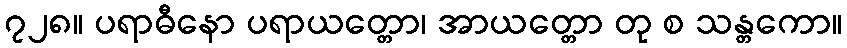
၇၂၈။ ပရာဓီနော ပရာယတ္တော၊ အာယတ္တော တု စ သန္တကော။